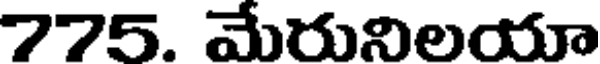
775. మేరునిలయా